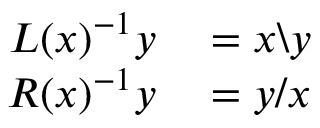
\begin{array} { r l } { L ( x ) ^ { - 1 } y } & { { } = x \backslash y } \\ { R ( x ) ^ { - 1 } y } & { { } = y / x } \end{array}